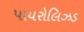
પાયરોલિઝડ